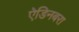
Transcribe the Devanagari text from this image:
ऐडिनबरा